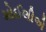
મોઈલીએ